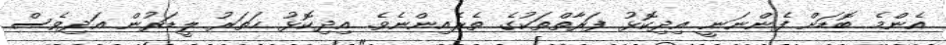
އެންމެ ބޮޑަށް ފެންނަނީ އިދިކޮޅު ފަރާތްތަކުގެ ތެރެއިންނެވެ. އިދިކޮޅު ހަތަރު ލީޑަރުން އަދިވެސް